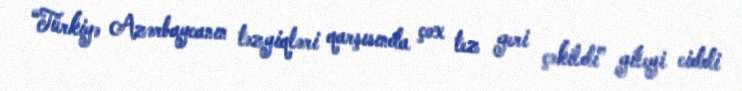
“Türkiyə Azərbaycanın təzyiqləri qarşısında çox tez geri çəkildi” gileyi ciddi